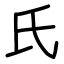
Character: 氏